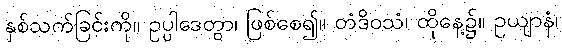
နှစ်သက်ခြင်းကို။ ဥပ္ပါဒေတွာ၊ ဖြစ်စေ၍။ တံဒိဝသံ၊ ထိုနေ့၌။ ဥယျာနံ၊